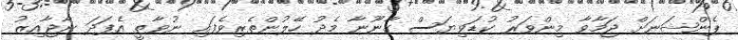
ޕެންޝަނަށް ޖަމާވާ މިންވަރު ކުޑަވިޔަސް ގާނޫނާ މެދު ހޭލުންތެރިވެފައި ނުވާތީ އެފަދަ ނާޖާއިޒު